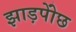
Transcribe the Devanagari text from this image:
झाड़पोेंछ